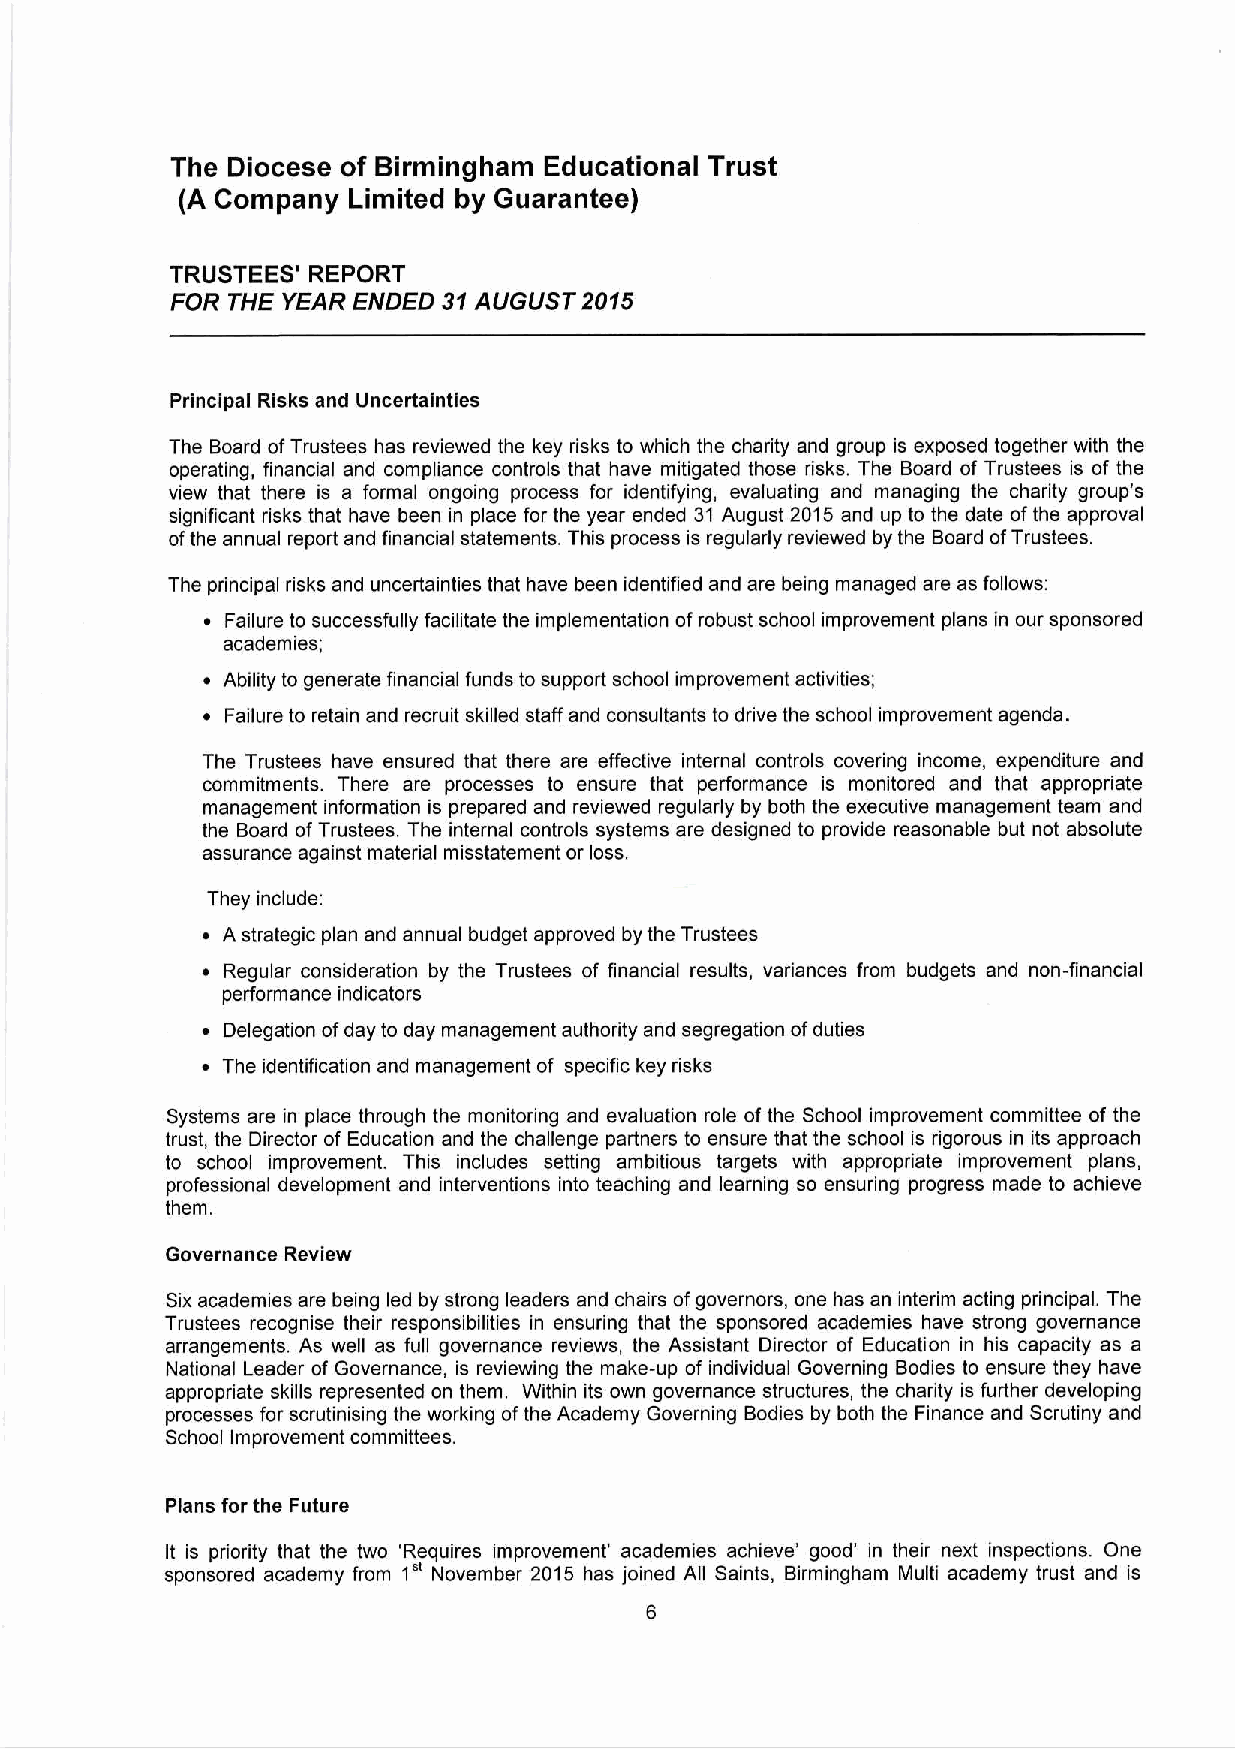
The Diocese of Birmingham Educational Trust
 (A Company Limited by Guarantee)
 TRUSTEES' REPORT
 FOR THE YEAR ENDED 31 AUGUST 2015
 Principal Risks and Uncertainties
 The Board of Trustees has reviewed the key risks to which the charity and group is exposed together with the
 operating, financial and compliance controls that have mitigated those risks. The Board of Trustees is of the
 view that there is a formal ongoing process for identifying, evaluating and managing the charity group’s
 significant risks that have been in place for the year ended 31 August 2015 and up to the date of the approval
 of the annual report and financial statements. This process is regularly reviewed by the Board of Trustees.
 The principal risks and uncertainties that have been identified and are being managed are as follows:
 • Failure to successfully facilitate the implementation of robust school improvement plans in our sponsored
 academies;
 • Ability to generate financial funds to support school improvement activities;
 • Failure to retain and recruit skilled staff and consultants to drive the school improvement agenda.
 The Trustees have ensured that there are effective internal controls covering income, expenditure and
 commitments. There are processes to ensure that performance is monitored and that appropriate
 management information is prepared and reviewed regularly by both the executive management team and
 the Board of Trustees. The internal controls systems are designed to provide reasonable but not absolute
 assurance against material misstatement or loss.
 They include:
 • A strategic plan and annual budget approved by the Trustees
 • Regular consideration by the Trustees of financial results, variances from budgets and non-financial
 performance indicators
 • Delegation of day to day management authority and segregation of duties
 • The identification and management of specific key risks
 Systems are in place through the monitoring and evaluation role of the School improvement committee of the
 trust, the Director of Education and the challenge partners to ensure that the school is rigorous in its approach
 to school improvement. This includes setting ambitious targets with appropriate improvement plans,
 professional development and interventions into teaching and learning so ensuring progress made to achieve
 them.
 Governance Review
 Six academies are being led by strong leaders and chairs of governors, one has an interim acting principal. The
 Trustees recognise their responsibilities in ensuring that the sponsored academies have strong governance
 arrangements. As well as full governance reviews, the Assistant Director of Education in his capacity as a
 National Leader of Governance, is reviewing the make-up of individual Governing Bodies to ensure they have
 appropriate skills represented on them. Within its own governance structures, the charity is further developing
 processes for scrutinising the working of the Academy Governing Bodies by both the Finance and Scrutiny and
 School Improvement committees.
 Plans for the Future
 It is priority that the two ‘Requires improvement’ academies achieve’ good’ in their next inspections. One
 sponsored academy from 1st November 2015 has joined All Saints, Birmingham Multi academy trust and is
 6